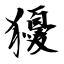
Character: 獶